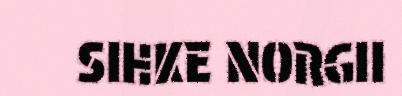
SIHKE NORGII